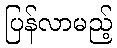
ပြန်လာမည့်